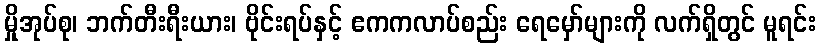
မှိုအုပ်စု၊ ဘက်တီးရီးယား၊ ဗိုင်းရပ်နှင့် ဧကကလာပ်စည်း ရေမှော်များကို လက်ရှိတွင် မူရင်း